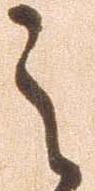
之